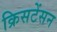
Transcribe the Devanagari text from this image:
क्रिसटेंसन